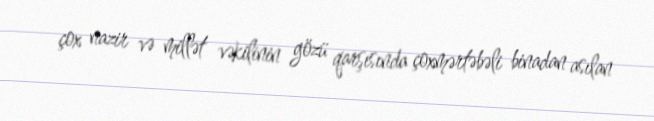
çox nazir və millət vəkilinin gözü qarşısında çoxmərtəbəli binadan asılan